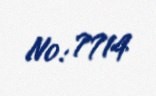
№: 7714